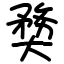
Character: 奦